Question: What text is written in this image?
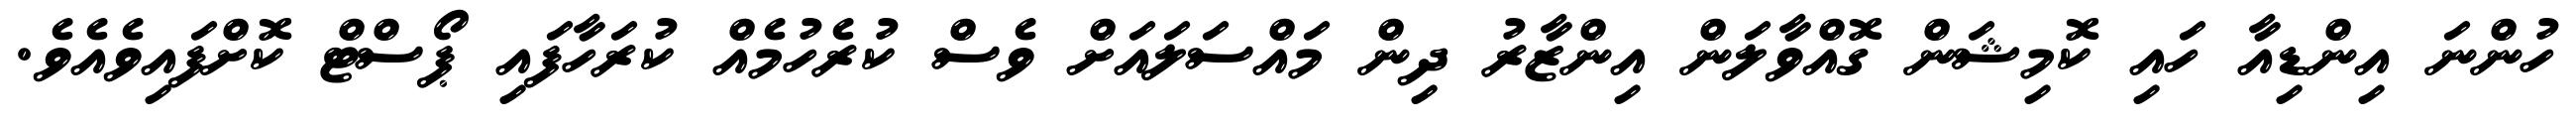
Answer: ހުންނަ އިންޑިއާ ހައި ކޮމިޝަން ގޮއްވާލަން އިންޒާރު ދިން މައްސަލައަށް ވެސް ކުރެހުމެއް ކުރަހާފައި ޕޯސްޓް ކޮށްފައިވެއެވެ.